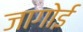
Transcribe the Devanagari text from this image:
जागोई